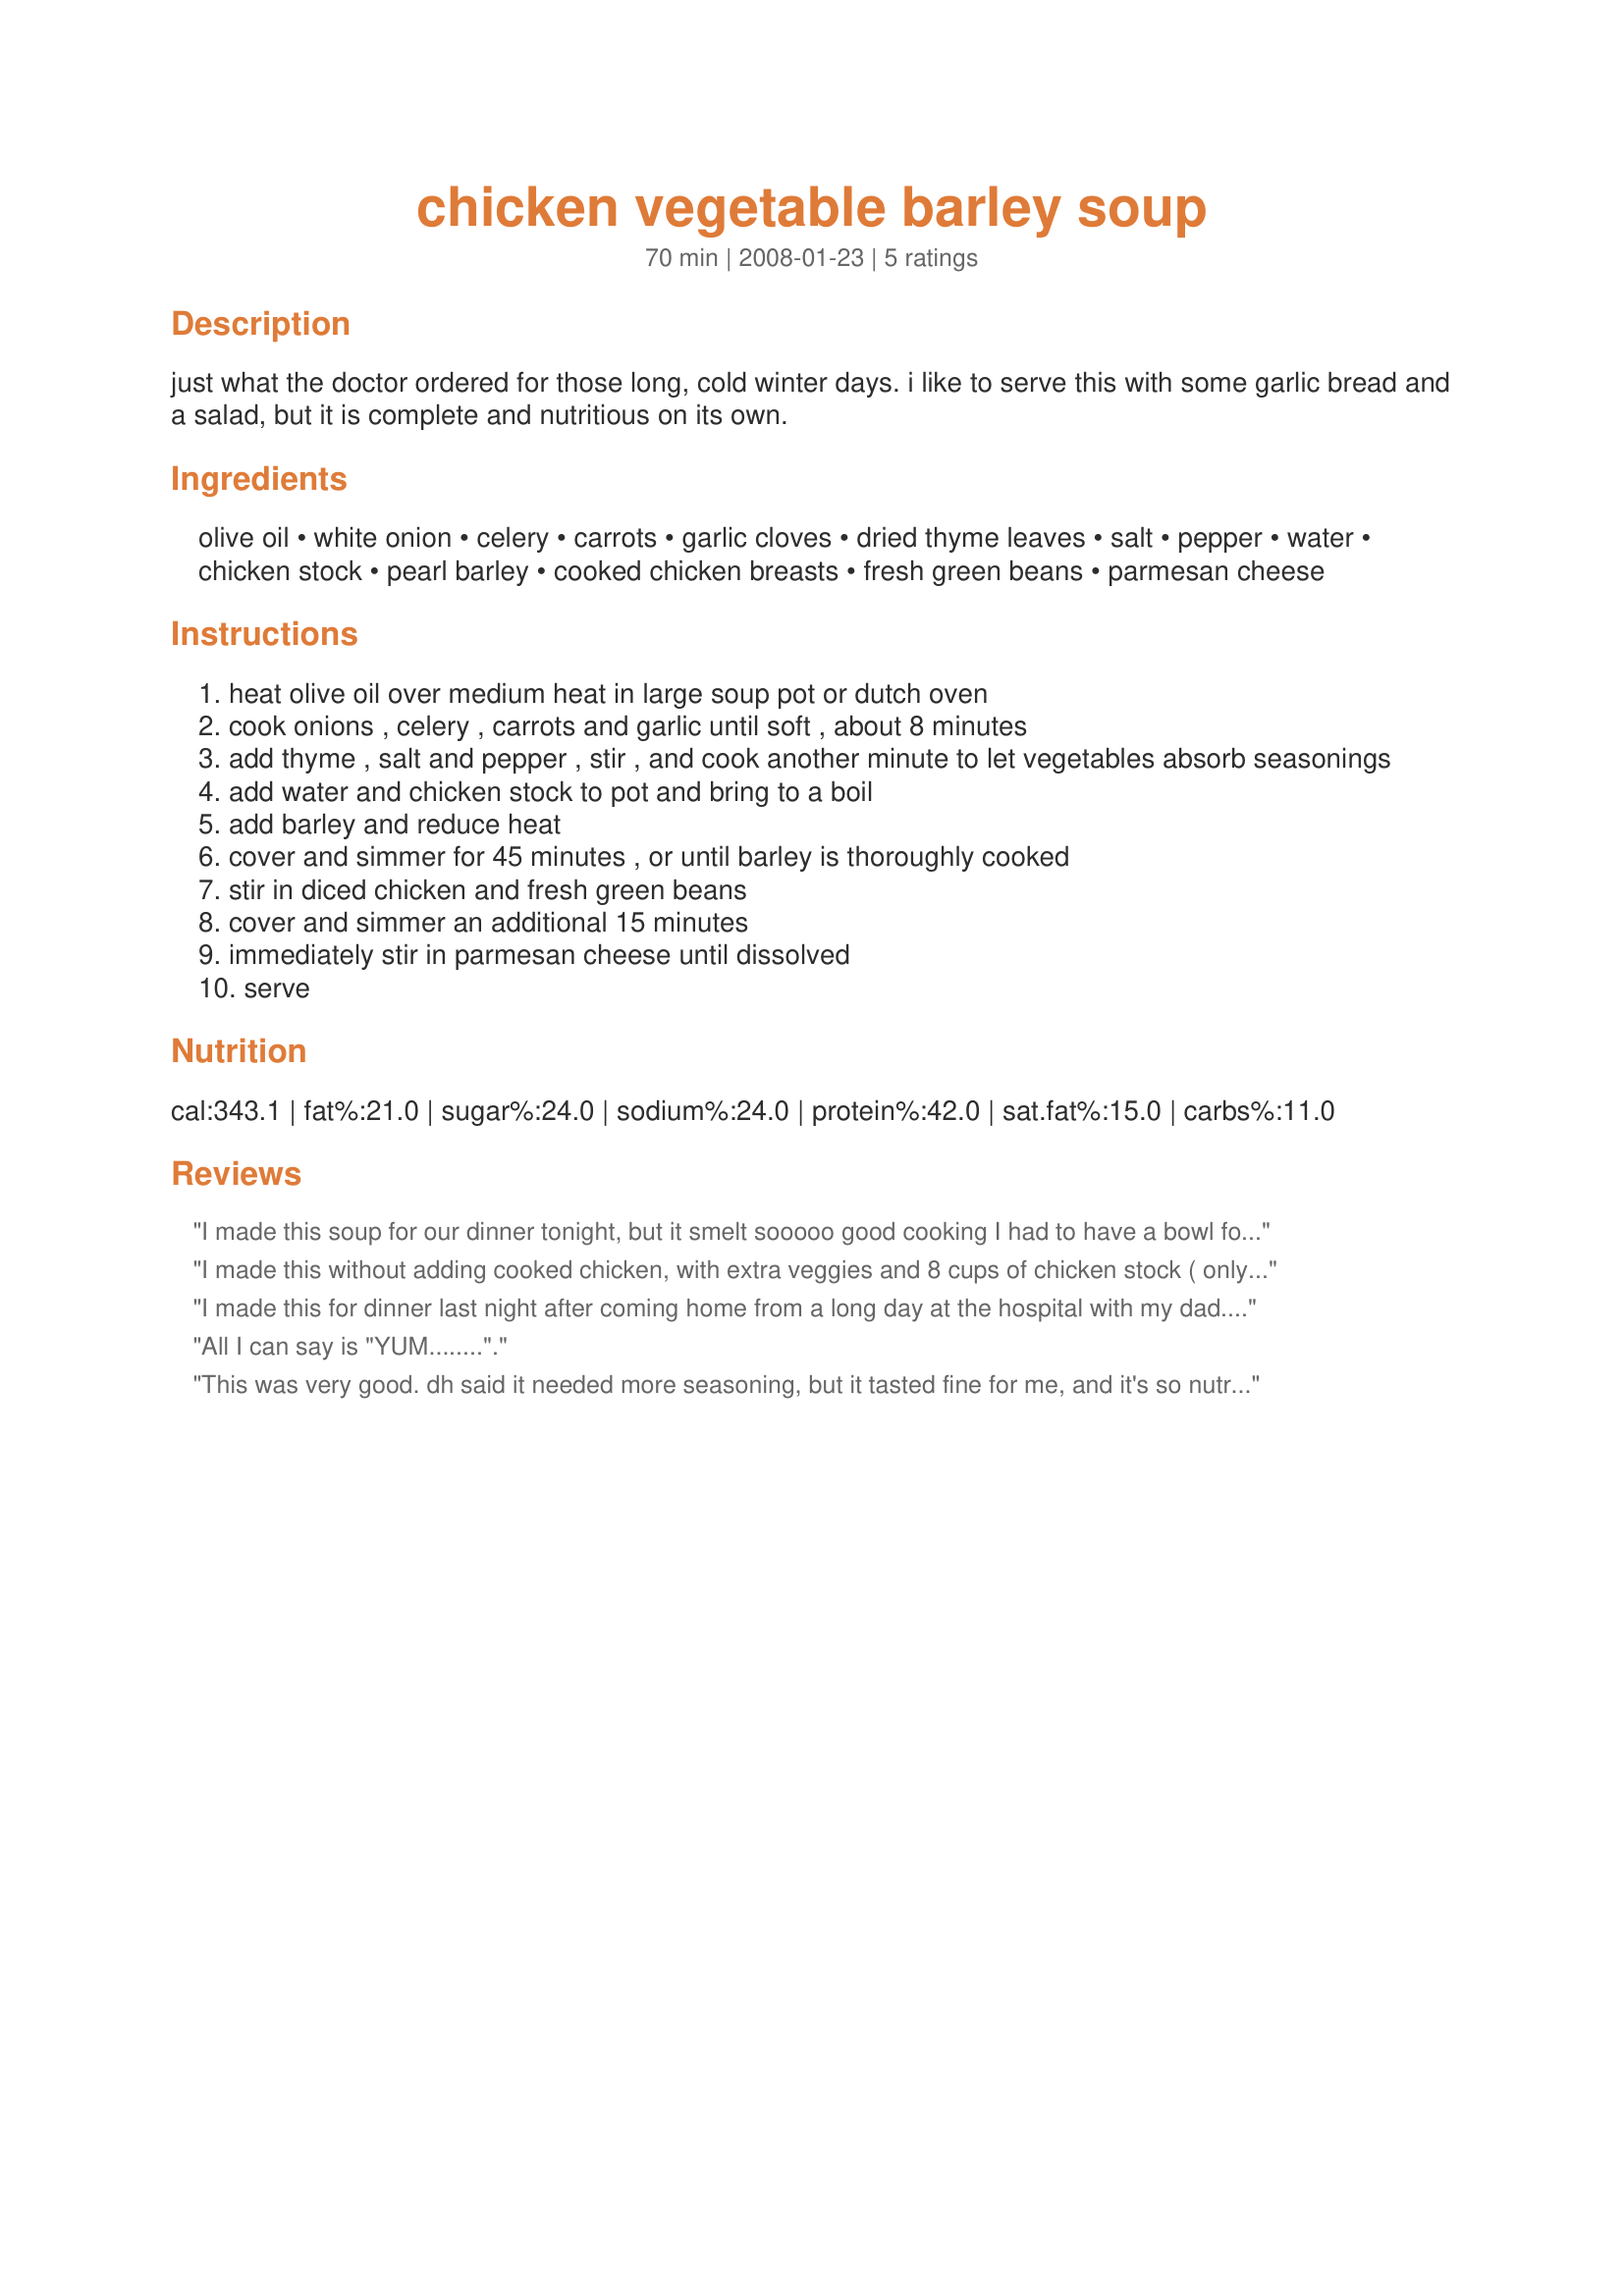
chicken vegetable barley soup
Preparation time: 70 minutes

just what the doctor ordered for those long, cold winter days. i like to serve this with some garlic bread and a salad, but it is complete and nutritious on its own.

Ingredients:
olive oil, white onion, celery, carrots, garlic cloves, dried thyme leaves, salt, pepper, water, chicken stock, pearl barley, cooked chicken breasts, fresh green beans, parmesan cheese

Steps:
heat olive oil over medium heat in large soup pot or dutch oven
cook onions , celery , carrots and garlic until soft , about 8 minutes
add thyme , salt and pepper , stir , and cook another minute to let vegetables absorb seasonings
add water and chicken stock to pot and bring to a boil
add barley and reduce heat
cover and simmer for 45 minutes , or until barley is thoroughly cooked
stir in diced chicken and fresh green beans
cover and simmer an additional 15 minutes
immediately stir in parmesan cheese until dissolved
serve

Reviews:
I made this soup for our dinner tonight, but it smelt sooooo good cooking I had to have a bowl for lunch also. I was not disappointed, it was delicious. I am going to have another bowl for dinner tonight with the family. I steamed the green beans before adding to recipe so they were soft. I shredded the chicken so it would be easy for my 2 yr old to eat also. This recipe is a keeper. thanks for sharing
I made this without adding cooked chicken, with extra veggies and 8 cups of chicken stock ( only- NO water) - yummy- served this with "kittencals garlic cheddar baked chicken" and southern biscuits-
Thanks for this great, easy recipe!
I made this for dinner last night after coming home from a long day at the hospital with my dad...I used chicken I had already cooked from the freezer and I did cut the recipe in half. Followed the recipe completely and served with angel biscuits. Very good. Thank you for an easy and delicious meal. Made for Zaar Alphabet Soup game 2009-2010.
All I can say is "YUM........".
This was very good. dh said it needed more seasoning, but it tasted fine for me, and it's so nutritious.
